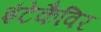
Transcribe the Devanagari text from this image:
इंटेकैविर